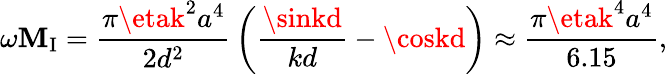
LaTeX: \omega\mathbf{M}_{\mathrm{{I}}}={\frac{{\pi\etak^{2}a^{4}}}{{2d^{2}}}}\left({\frac{{\sinkd}}{{kd}}}-\coskd\right)\approx{\frac{{\pi\etak^{4}a^{4}}}{{6.15}}},